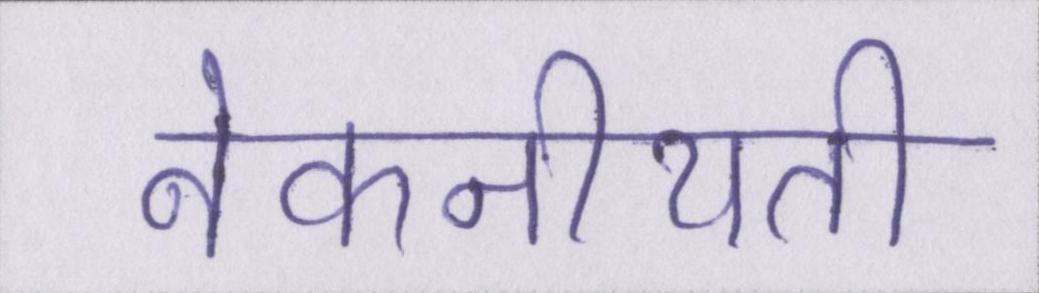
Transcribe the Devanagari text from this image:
नेकनीयती